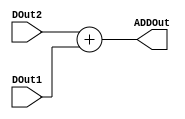


module add(input [7:0]DOut2,input [7:0]DOut1,output [7:0]ADDOut);


assign ADDOut = DOut2 + DOut1;    


endmodule